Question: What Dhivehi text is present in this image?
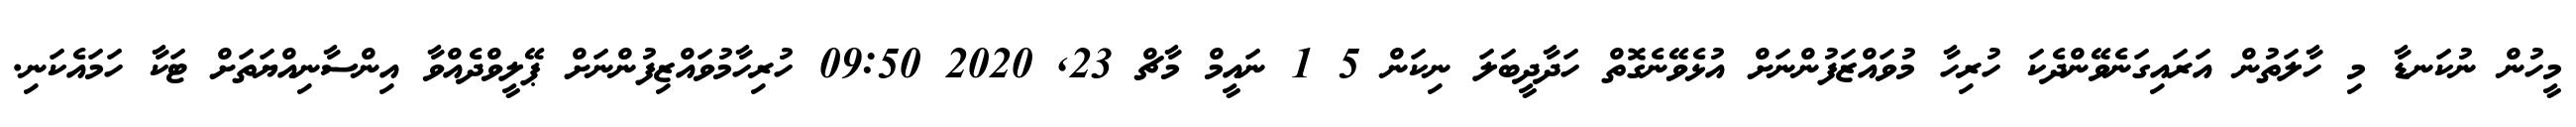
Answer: މީހުން ނުކަނޑާ މި ހާލަތުން އަރައިގަނެވޭންދެކަ ހުރިހާ މުވައްޒަފުންނަށް އުޅެވޭނެގޮތް ހަދާދީބަލަ ނިކަން 5 1 ނައީމް މާޗް 23, 2020 09:50 ހުރިހާމުވައްޒިފުންނަށް ޕޭލީވްދެއްވާ އިންސާނިއްޔަތަށް ޓަކާ ހަމައެކަނި.